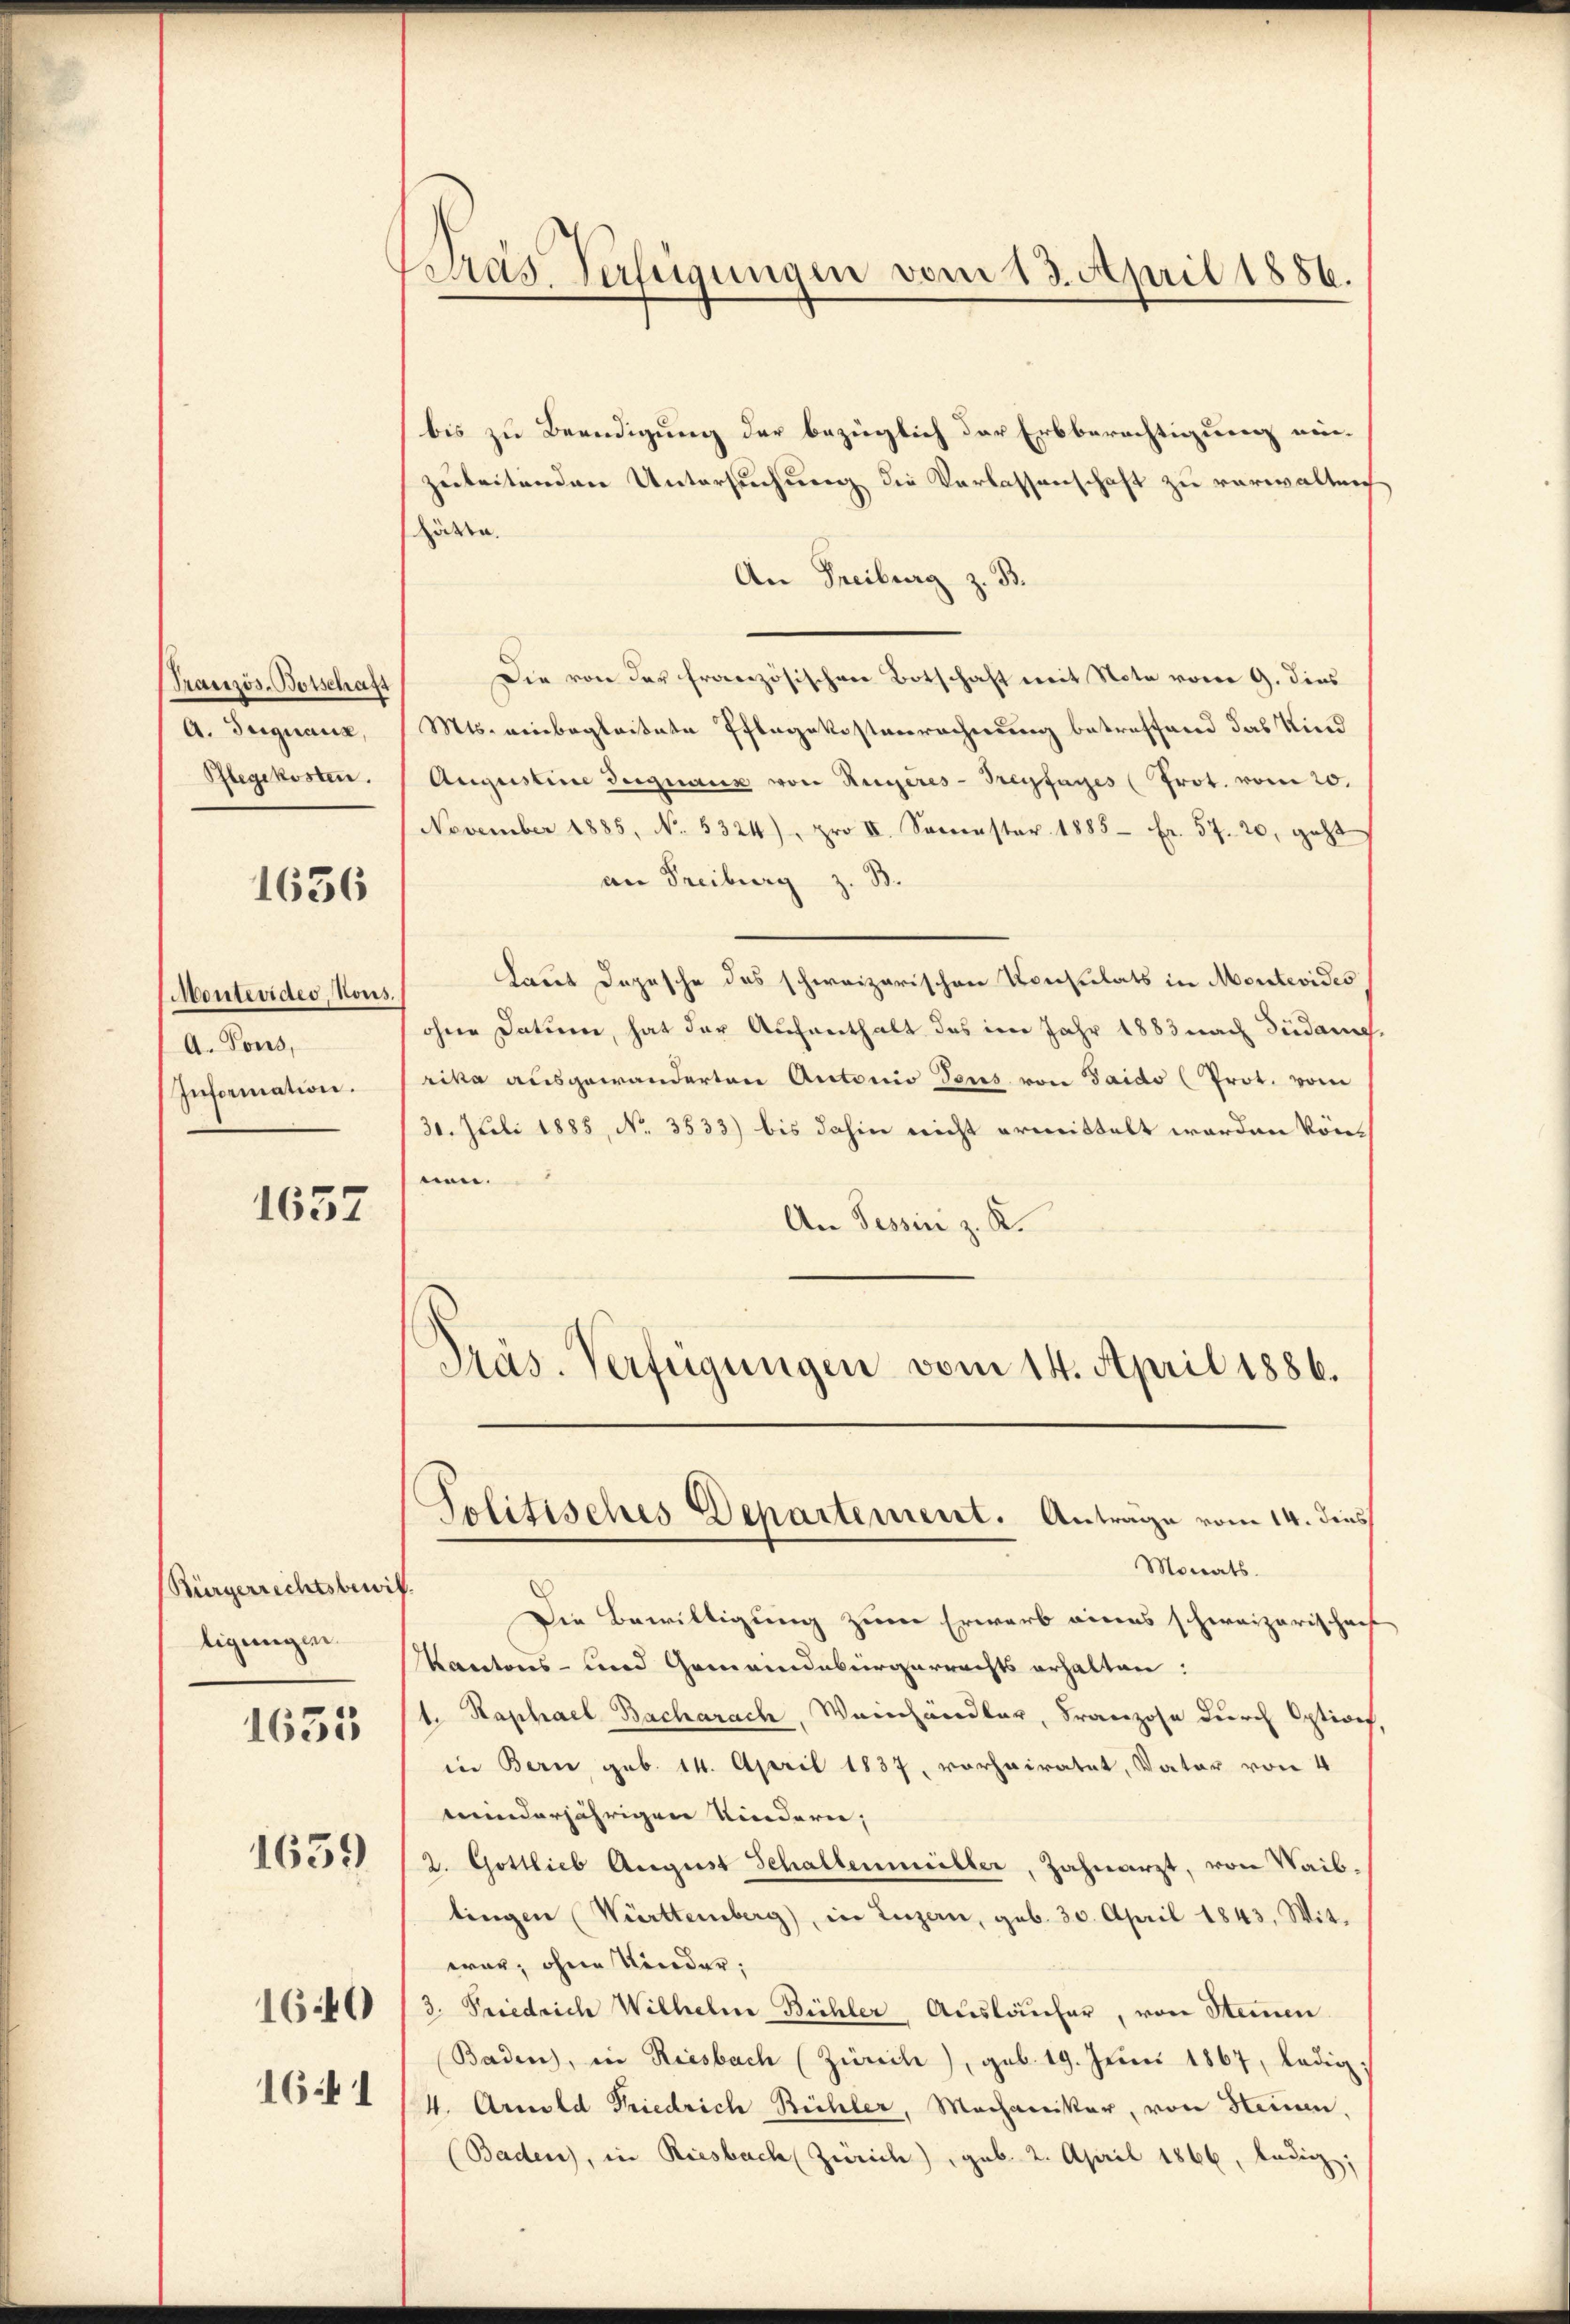
Französ-Botschaft
A. Signaux,
Pflegekosten.

1636

Montevideo, Nous.
A. Tous,
Information.

1657

Bürgerrechtsbewi
ligungen.
1659
1640
161

1633

Pras Verfügungen vom 13. April 1886.

bis zu Beendigung der bezüglich der Erbberechtigung einzuleitenden Untersuchung die Verlassenschaft zu verwalten
hätte.
An Freiburg z. B.
Die von der französischen Botschaft mit Note vom 9. dies
Mts. einbegleitete Pflegekostenrechnung betreffend das Kind
Augustine Begnauz von Regeres-Treyfages (Prot. vom 20.
November 1885, No. 5324), pro II. Semester 1885 Fr. 57. 20, geht
an Freiburg z. B.
Laut Depesche das schweizerischen Konsulats in Montevides
ohne Datum, hat der Aufenthalt das im Jahr 1883 nach Südame
rika ausgewanderten Antonio Seres von Taido (Prot. vom
30. Juli 1885, No. 3533) bis dahin nicht ermittelt worden können.
An Tessin z. K.
Präs. Verfügungen vom 14. April 1886.
Solitisches Departement. Anträge vom 14. dies
Monats.
.
Die Bewilligung zum Erwarb eines schweizerischen
Kantons- und Gemeindebürgerrechts erhalten:
t. Kaphael Bacharach, Weinhändler, Franzose durch Option
in Bern geb. 14. April 1837, vorheiratet, Vater von 4
minderjährigen Kindern;
2. Gottlieb August Schaltenmüller, Zahnarzt, von Waib
tingen Württemberg), in Luzern, geb. 30. April 1843, Wit-
war, ohne Kinder:
3. Friedrich Wilhelm Bühler Ausläufer, von Steinen
Baden, in Riesbach (Zürich), geb. 19. Juni 1867, ledig
4. Arnold Friedrich Bühler, Mechaniker, von Steinen
(Baden, in Riesbach Zürich) geb. 2. April 1866, ledig,